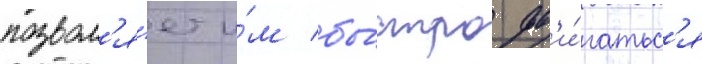
позвол'я́ет и́м бы́стро дв'и́гатьс'я